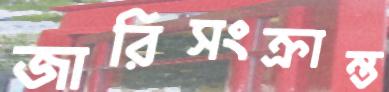
জারিসংক্রান্ত